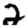
Digit: 2